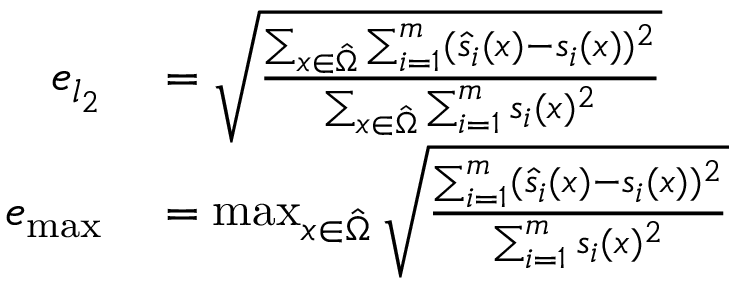
\begin{array} { r l } { e _ { l _ { 2 } } } & { { } = \sqrt { \frac { \sum _ { x \in \hat { \Omega } } \sum _ { i = 1 } ^ { m } ( \hat { s } _ { i } ( x ) - s _ { i } ( x ) ) ^ { 2 } } { \sum _ { x \in \hat { \Omega } } \sum _ { i = 1 } ^ { m } s _ { i } ( x ) ^ { 2 } } } } \\ { e _ { \operatorname* { m a x } } } & { { } = \operatorname* { m a x } _ { x \in \hat { \Omega } } \sqrt { \frac { \sum _ { i = 1 } ^ { m } ( \hat { s } _ { i } ( x ) - s _ { i } ( x ) ) ^ { 2 } } { \sum _ { i = 1 } ^ { m } s _ { i } ( x ) ^ { 2 } } } } \end{array}